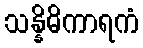
သန္နိဓိကာရကံ